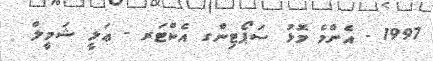
1997 - އެންމެ މޮޅު ސަޕޯޓިންގ އެކްޓަރ - ޢަލީ ޝަމީލް